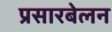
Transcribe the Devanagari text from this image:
प्रसारबेलन